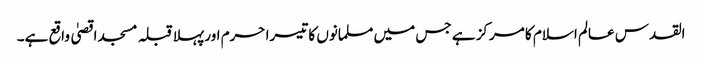
القدس عالم اسلام کا مرکز ہے جس میں مسلمانوں کا تیسرا حرم اور پہلا قبلہ مسجد اقصیٰ واقع ہے۔